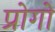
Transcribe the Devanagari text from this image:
प्रोगो